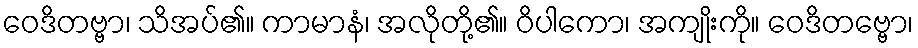
ဝေဒိတဗ္ဗာ၊ သိအပ်၏။ ကာမာနံ၊ အလိုတို့၏။ ဝိပါကော၊ အကျိုးကို။ ဝေဒိတဗ္ဗော၊